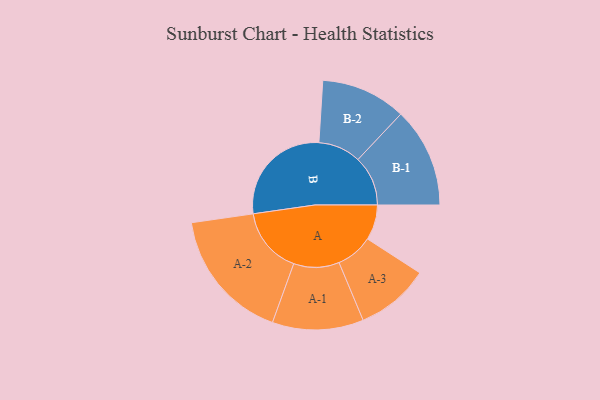
{"axis": {"x": "Segment", "y": "Value"}, "legend": ["", "A", "B"], "data": [{"x": "A", "y": 129, "type": ""}, {"x": "B", "y": 399, "type": ""}, {"x": "A-1", "y": 167, "type": "A"}, {"x": "A-2", "y": 243, "type": "A"}, {"x": "A-3", "y": 135, "type": "A"}, {"x": "B-1", "y": 183, "type": "B"}, {"x": "B-2", "y": 156, "type": "B"}]}